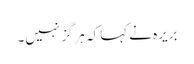
بریرہ نے کہا کہ ہرگز نہیں۔